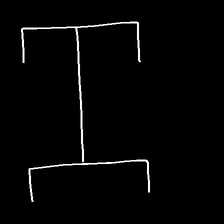
Glyph: entwine